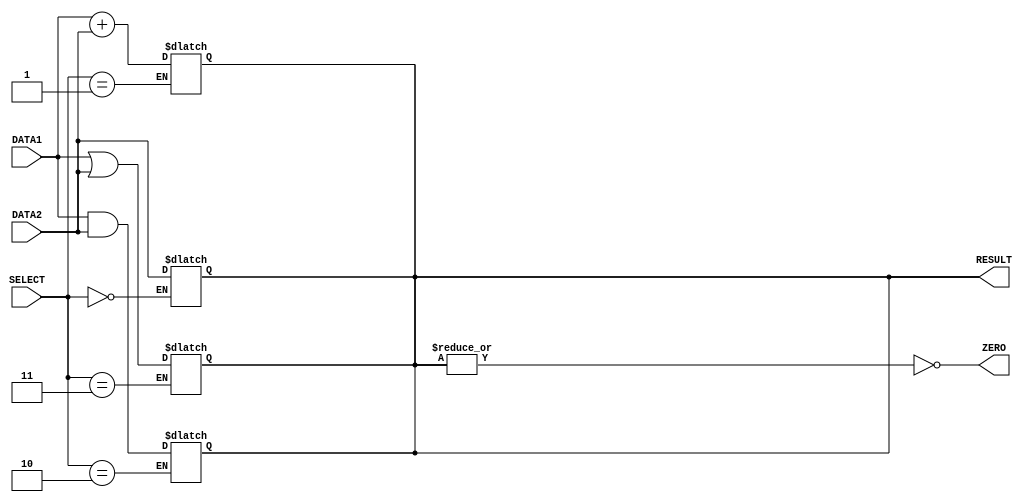
// Computer Architecture (CO224) - Lab 05
// Design: ALU of Simple Processor
`timescale 1ns/100ps
module alu(DATA1, DATA2, RESULT, ZERO, SELECT);//just as method

        //ports declaration
	input [0:7]DATA1;           //initialize inputs for operand1
        input [0:7]DATA2;           //initialize inputs for operand2
        input [0:2]SELECT;          //select the operation
	output [0:7]RESULT;         //initialize outputs
        output ZERO;
        
        reg [0:7]RESULT;//reg is used as data type for variables to which values are assigned

        assign ZERO = ~(|RESULT);//always inverse of the result is assigned to the zero which is a one bit signal
	
	/*always @ (DATA1, DATA2, SELECT)//to run always when the arguments get changed   
	begin 
                case(SELECT)
                        3'b000    :
			begin 
				#1;                          //giving related timing delay
				RESULT = DATA2;             // If selection=000, output is taken by loadi, mov functions
			end
                        3'b001    : 
			begin
				#2;                           //giving related timing delay
				RESULT = DATA1 + DATA2;     // If selection=001, output is taken by add, sub functions
			end
                        3'b010    : 
			begin
				#1;                          //giving related timing delay
				RESULT = DATA1 & DATA2;     // If selection=010, output is taken by and functions
			end
			3'b011    : 
			begin
				#1;                           //giving related timing delay
				RESULT = DATA1 | DATA2;     // If selection=011, output is taken by or functions
			end
                        default   : 
			begin
				RESULT = 8'bX ;             // If selection is anything else, out is reserved so it is put 'don't cares' 
			end 
                endcase  
    end*/
	always @ (*)//make to this type as previous type was not working properly
	begin
		if(SELECT == 3'b000)
		begin
			#1;                          //giving related timing delay
			RESULT = DATA2;             // If selection=000, output is taken by loadi, mov functions
		end
	end 
	always @ (*)
	begin
		if(SELECT == 3'b001)
		begin
			#2;                           //giving related timing delay
			RESULT = DATA1 + DATA2;     // If selection=001, output is taken by add, sub functions
		end
	end
	always @ (*)
	begin
		if(SELECT == 3'b010)
		begin
			#1;                          //giving related timing delay
			RESULT = DATA1 & DATA2;     // If selection=010, output is taken by and functions
		end
	end
	always @ (*)
	begin
		if(SELECT == 3'b011)
		begin
			#1;                           //giving related timing delay
			RESULT = DATA1 | DATA2;     // If selection=011, output is taken by or functions
		end
	end
	/*always @ (*)
	begin
		if(SELECT == 3'b000)
		begin
			#1;                          //giving related timing delay
			RESULT = DATA2;             // If selection=000, output is taken by loadi, mov functions
		end
	end */ 
	
endmodule